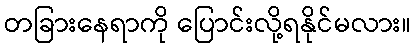
တခြားနေရာကို ပြောင်းလို့ရနိုင်မလား။